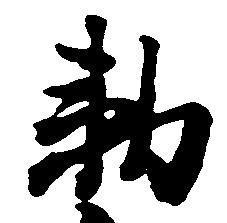
勅